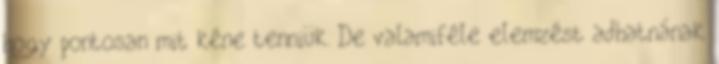
hogy pontosan mit kéne tenniük. De valamiféle elemzést adhatnának